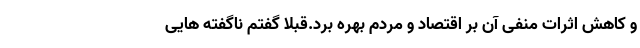
و کاهش اثرات منفی آن بر اقتصاد و مردم بهره برد.قبلاً گفتم ناگفته هایی